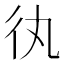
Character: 𢓃